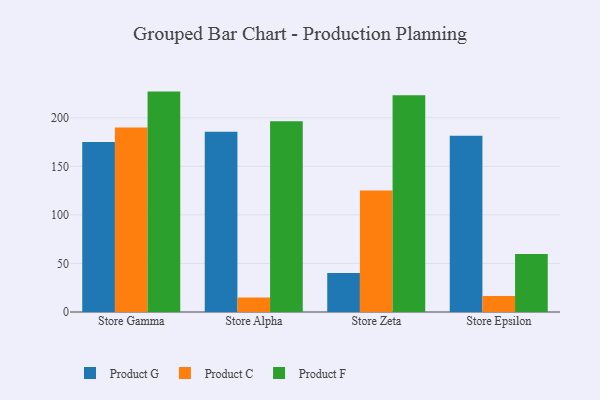
{"axis": {"x": "Store", "y": "Bounce Rate (%)"}, "legend": ["Product C", "Product F", "Product G"], "data": [{"x": "Store Gamma", "y": 175.0, "type": "Product G"}, {"x": "Store Gamma", "y": 190.0, "type": "Product C"}, {"x": "Store Gamma", "y": 226.9, "type": "Product F"}, {"x": "Store Alpha", "y": 185.5, "type": "Product G"}, {"x": "Store Alpha", "y": 14.8, "type": "Product C"}, {"x": "Store Alpha", "y": 196.5, "type": "Product F"}, {"x": "Store Zeta", "y": 40.2, "type": "Product G"}, {"x": "Store Zeta", "y": 125.1, "type": "Product C"}, {"x": "Store Zeta", "y": 223.2, "type": "Product F"}, {"x": "Store Epsilon", "y": 181.5, "type": "Product G"}, {"x": "Store Epsilon", "y": 16.5, "type": "Product C"}, {"x": "Store Epsilon", "y": 59.7, "type": "Product F"}]}